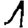
Digit: 1